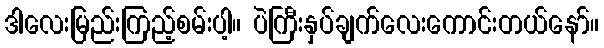
ဒါလေးမြည်းကြည့်စမ်းပါ့။ ပဲကြီးနှပ်ချက်လေးကောင်းတယ်နော်။